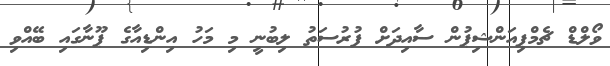
ވޯލްޑް ޗެމްޕިއަންޝިޕުން ސާއިދަށް ފުރުސަތު ލިބުނީ މި މަހު އިންޑިއާގެ ޕޫނާގައި ބޭއްވި